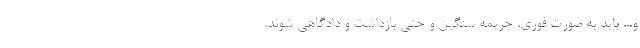
و... باید به صورت فوری، جریمه سنگین و حتی بازداشت و دادگاهی شوند.